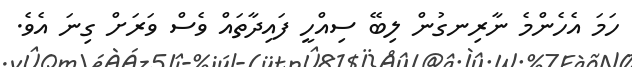
ހަމަ އެހެންމެ ނާރިނގުން ލިބޭ ސިއްހީ ފައިދާތައް ވެސް ވަރަށް ގިނަ އެވެ.